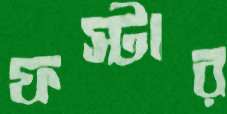
ফস্টার